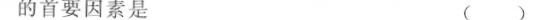
的首要因素是 ( )